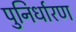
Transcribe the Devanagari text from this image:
पुनिर्धारण